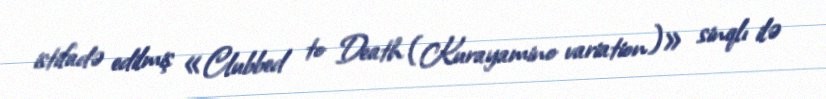
istifadə edilmiş «Clubbed to Death (Kurayamino variation)» sinqlı ilə